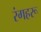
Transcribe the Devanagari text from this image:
रंगहरू